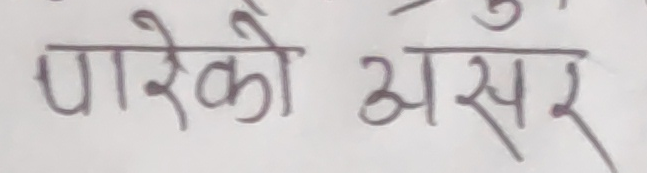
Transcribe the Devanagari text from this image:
पारेको असर